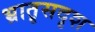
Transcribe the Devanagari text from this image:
भ्रातृसदृश